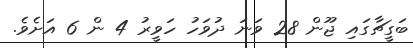
ބަގީޗާގައި ޖޫން 28 ވަނަ ދުވަހު ހަވީރު 4 ން 6 އަށެވެ.